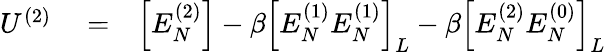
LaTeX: \begin{array}{rlr}{U^{(2)}}&{{}=}&{\Big[E_{N}^{(2)}\Big]-\beta\Big[E_{N}^{(1)}E_{N}^{(1)}\Big]_{L}-\beta\Big[E_{N}^{(2)}E_{N}^{(0)}\Big]_{L}}\end{array}